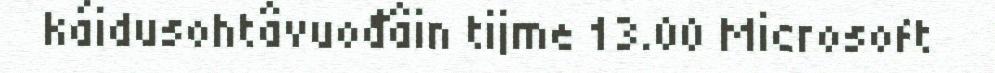
káidusohtâvuođâin tijme 13.00 Microsoft